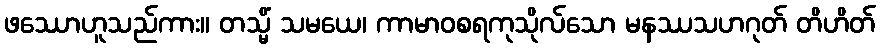
ဖဿောဟူသည်ကား။ တသ္မိံ သမယေ၊ ကာမာဝစရကုသိုလ်သော မနဿသဟဂုတ် တိဟိတ်